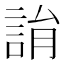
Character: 𧨜